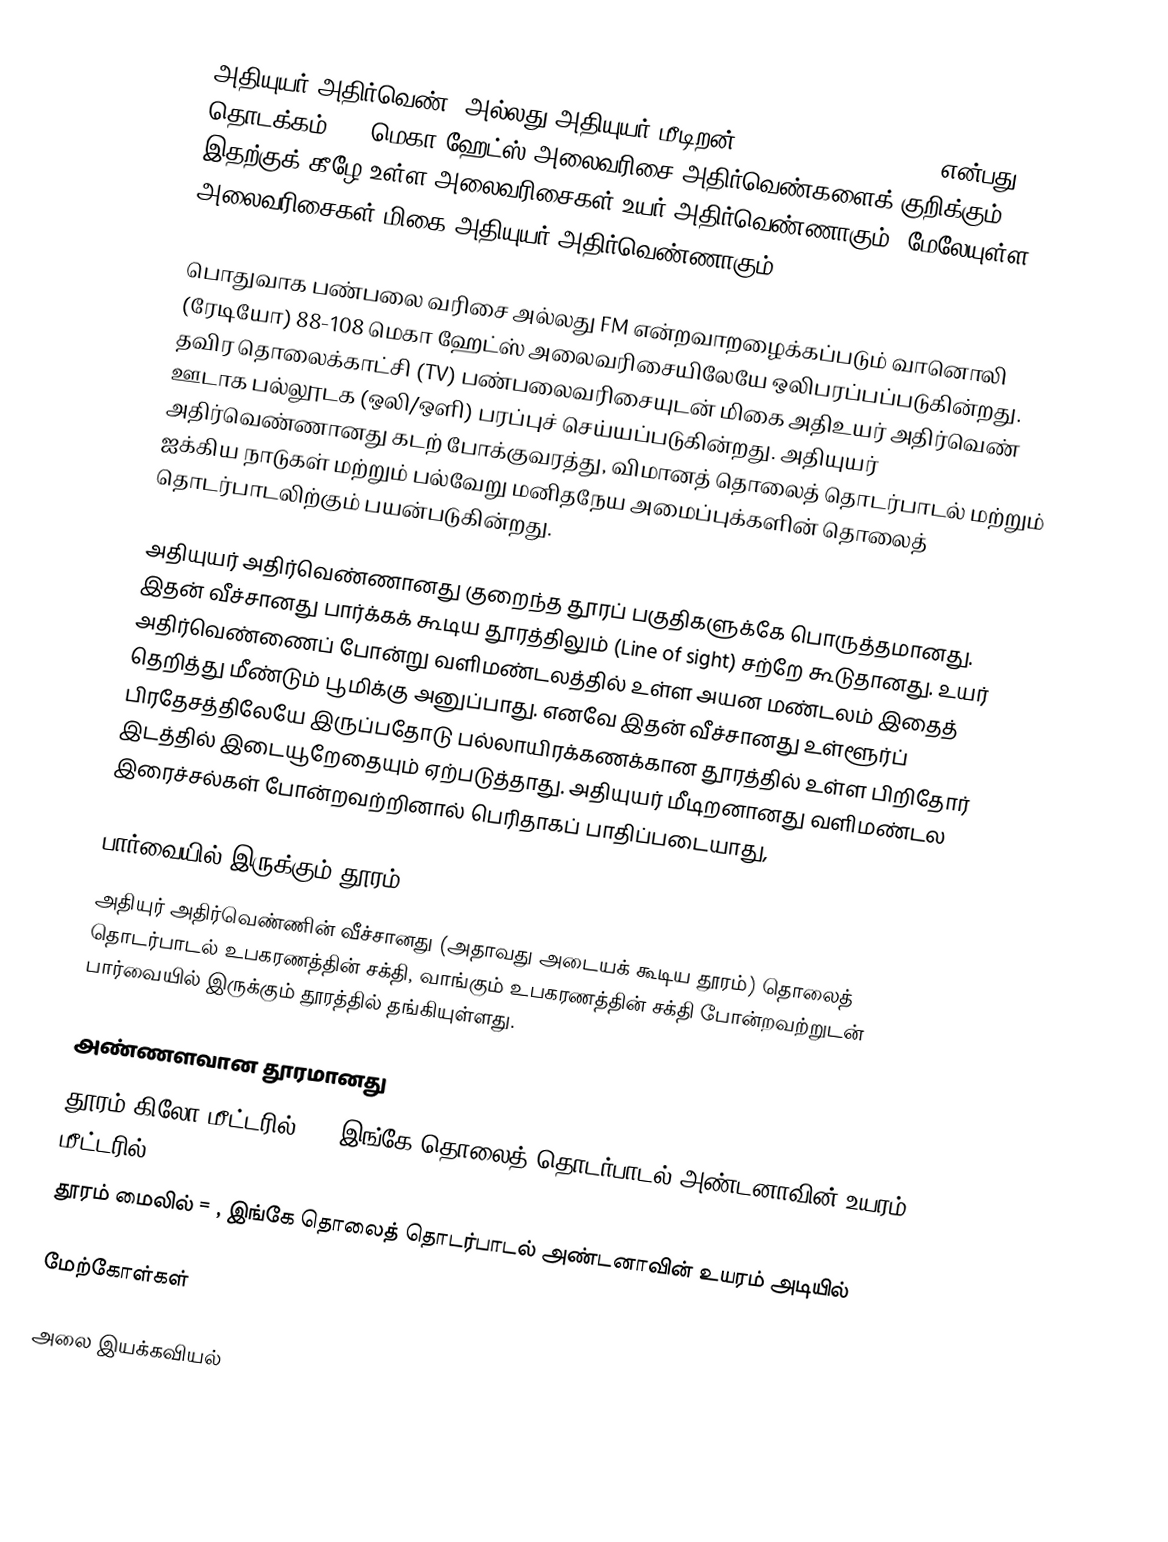
அதியுயர் அதிர்வெண் (அல்லது அதியுயர் மீடிறன், Very high frequency) என்பது 30 தொடக்கம் 300 மெகா ஹேட்ஸ் அலைவரிசை அதிர்வெண்களைக் குறிக்கும். இதற்குக் கீழே உள்ள அலைவரிசைகள் உயர் அதிர்வெண்ணாகும். மேலேயுள்ள அலைவரிசைகள் மிகை அதியுயர் அதிர்வெண்ணாகும்.

பொதுவாக பண்பலை வரிசை அல்லது FM என்றவாறழைக்கப்படும் வானொலி (ரேடியோ) 88-108 மெகா ஹேட்ஸ் அலைவரிசையிலேயே ஒலிபரப்பப்படுகின்றது. தவிர தொலைக்காட்சி (TV) பண்பலைவரிசையுடன் மிகை அதிஉயர் அதிர்வெண் ஊடாக பல்லூடக (ஒலி/ஒளி) பரப்புச் செய்யப்படுகின்றது. அதியுயர் அதிர்வெண்ணானது கடற் போக்குவரத்து, விமானத் தொலைத் தொடர்பாடல் மற்றும் ஐக்கிய நாடுகள் மற்றும் பல்வேறு மனிதநேய அமைப்புக்களின் தொலைத் தொடர்பாடலிற்கும் பயன்படுகின்றது.

அதியுயர் அதிர்வெண்ணானது குறைந்த தூரப் பகுதிகளுக்கே பொருத்தமானது. இதன் வீச்சானது பார்க்கக் கூடிய தூரத்திலும் (Line of sight) சற்றே கூடுதானது. உயர் அதிர்வெண்ணைப் போன்று வளிமண்டலத்தில் உள்ள அயன மண்டலம் இதைத் தெறித்து மீண்டும் பூமிக்கு அனுப்பாது. எனவே இதன் வீச்சானது உள்ளூர்ப் பிரதேசத்திலேயே இருப்பதோடு பல்லாயிரக்கணக்கான தூரத்தில் உள்ள பிறிதோர் இடத்தில் இடையூறேதையும் ஏற்படுத்தாது. அதியுயர் மீடிறனானது வளிமண்டல இரைச்சல்கள் போன்றவற்றினால் பெரிதாகப் பாதிப்படையாது,

பார்வையில் இருக்கும் தூரம்
அதியுர் அதிர்வெண்ணின் வீச்சானது (அதாவது அடையக் கூடிய தூரம்) தொலைத் தொடர்பாடல் உபகரணத்தின் சக்தி, வாங்கும் உபகரணத்தின் சக்தி போன்றவற்றுடன் பார்வையில் இருக்கும் தூரத்தில் தங்கியுள்ளது.

அண்ணளவான தூரமானது
 தூரம் கிலோ மீட்டரில் = , இங்கே  தொலைத் தொடர்பாடல் அண்டனாவின் உயரம் மீட்டரில்
 தூரம் மைலில் = , இங்கே  தொலைத் தொடர்பாடல் அண்டனாவின் உயரம் அடியில்

மேற்கோள்கள்

அலை இயக்கவியல்